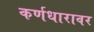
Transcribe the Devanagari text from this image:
कर्णधारावर